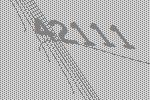
42111